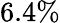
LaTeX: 6.4\%